Subject: cs
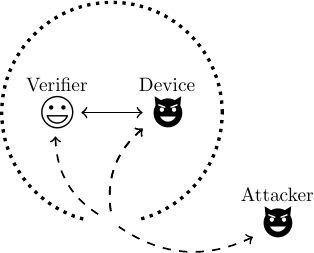
LaTeX code:
	\begin{tikzpicture}[scale=.7, transform shape]
		\tikzstyle{session1arrow}=[<->,semithick]
		\tikzstyle{session2arrow}=[<-, semithick, dashed]

		\node (proximity) at (0,0) [circle, draw=black, dotted, very thick,
		minimum width=4cm]{};

		\node (verifier) at
		(-1,0){\includegraphics[scale=.03]{16172_images_honest.png}};

		\node (device) at (1,0)
		{\includegraphics[scale=.03]{16173_images_attacker.png}};
		\draw [session1arrow] (device) to node [above] [near start] {}
		(verifier);

		\node (attacker) at (3,-2)
		{\includegraphics[scale=.03]{16173_images_attacker.png}};

		\node [above of =device, node distance=0.5cm] {Device};
		\node [above of =verifier, node distance=0.5cm] {Verifier};
		\node [above of =attacker, node distance=0.5cm] {Attacker};

		\node (hole_) at (0,-2) [circle, fill=white,very thick,
		minimum width=1cm]{};
		\node (hole) at (0,-2){};

		\draw [session2arrow,bend right] (verifier) to node {} (hole);
		\draw [session2arrow,bend right] (device) to node {} (hole);
		\draw [session2arrow,bend right] (device) to node {} (hole);
		\draw [session2arrow,bend left] (attacker) to node {} (hole);

	\end{tikzpicture}